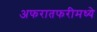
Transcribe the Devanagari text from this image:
अफरातफरीमध्ये